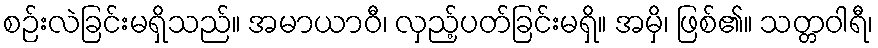
စဉ်းလဲခြင်းမရှိသည်။ အမာယာဝီ၊ လှည့်ပတ်ခြင်းမရှိ။ အမှိ၊ ဖြစ်၏။ သတ္တဝါရီ၊